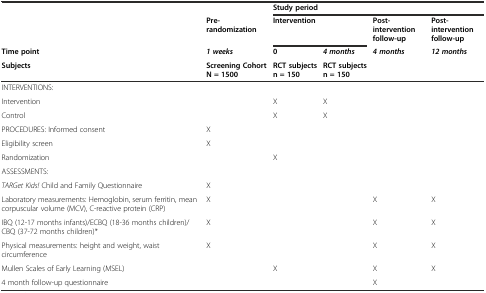
<table><thead><tr><td></td><td></td><td colspan="4"><b>Study period</b></td></tr><tr><td></td><td><b>Pre-randomization</b></td><td colspan="2"><b>Intervention</b></td><td><b>Post-intervention follow-up</b></td><td><b>Post-intervention follow-up</b></td></tr><tr><td><b>Time point</b></td><td><b><i>1 weeks</i></b></td><td><b>0</b></td><td><b><i>4 months</i></b></td><td><b><i>4 months</i></b></td><td><b><i>12 months</i></b></td></tr><tr><td><b>Subjects</b></td><td><b>Screening Cohort N = 1500</b></td><td><b>RCT subjects n = 150</b></td><td><b>RCT subjects n = 150</b></td><td></td><td></td></tr></thead><tbody><tr><td>INTERVENTIONS:</td><td></td><td></td><td></td><td></td><td></td></tr><tr><td>Intervention</td><td></td><td>X</td><td>X</td><td></td><td></td></tr><tr><td>Control</td><td></td><td>X</td><td>X</td><td></td><td></td></tr><tr><td>PROCEDURES: Informed consent</td><td>X</td><td></td><td></td><td></td><td></td></tr><tr><td>Eligibility screen</td><td>X</td><td></td><td></td><td></td><td></td></tr><tr><td>Randomization</td><td></td><td>X</td><td></td><td></td><td></td></tr><tr><td>ASSESSMENTS:</td><td></td><td></td><td></td><td></td><td></td></tr><tr><td><i>TARGet Kids!</i> Child and Family Questionnaire</td><td>X</td><td></td><td></td><td></td><td></td></tr><tr><td>Laboratory measurements: Hemoglobin, serum ferritin, mean corpuscular volume (MCV), C-reactive protein (CRP)</td><td>X</td><td></td><td></td><td>X</td><td>X</td></tr><tr><td>IBQ (12-17 months infants)/ECBQ (18-36 months children)/CBQ (37-72 months children)*</td><td>X</td><td></td><td></td><td>X</td><td>X</td></tr><tr><td>Physical measurements: height and weight, waist circumference</td><td>X</td><td></td><td></td><td>X</td><td>X</td></tr><tr><td>Mullen Scales of Early Learning (MSEL)</td><td></td><td>X</td><td></td><td>X</td><td>X</td></tr><tr><td>4 month follow-up questionnaire</td><td></td><td></td><td></td><td>X</td><td></td></tr></tbody></table>